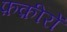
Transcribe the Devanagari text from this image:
फ़क़ीरों